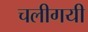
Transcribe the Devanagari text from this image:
चलीगयी